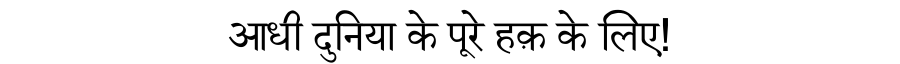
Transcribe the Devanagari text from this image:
आधी दुनिया के पूरे हक़ के लिए!